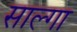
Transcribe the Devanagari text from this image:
साल्गा